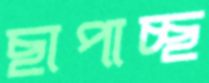
ছাপাচ্ছ